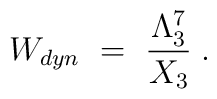
W_{dyn} ~=~{\Lambda_3^7 \over X_3}\; .